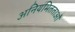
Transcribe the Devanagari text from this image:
अनियमितताओँ